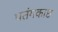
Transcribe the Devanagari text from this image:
पतंगकाष्ठ